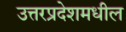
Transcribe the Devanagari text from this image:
उत्तरप्रदेशमधील